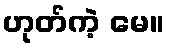
ဟုတ်ကဲ့ မေ။